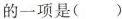
的一项是（ ）